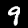
Label: 9